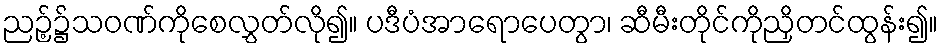
ညဉ့်၌သဝဏ်ကိုစေလွှတ်လို၍။ ပဒီပံအာရောပေတွာ၊ ဆီမီးတိုင်ကိုညှိတင်ထွန်း၍။